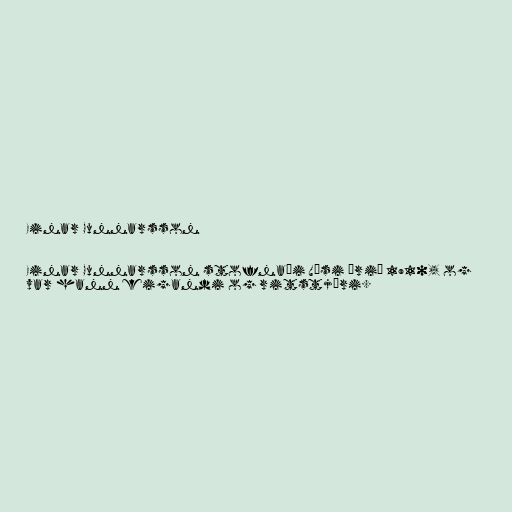
Einar Gunnarsson

Einar Gunnarsson stofnaði Vísi árið 1910, og
var hann eigandi og ritstjóri.